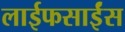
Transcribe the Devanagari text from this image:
लाईफसाईंस